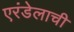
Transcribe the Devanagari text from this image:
एरंडेलाची